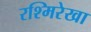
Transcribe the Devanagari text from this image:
रश्मिरेखा